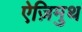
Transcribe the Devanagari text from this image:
ऐज़िमुथ